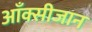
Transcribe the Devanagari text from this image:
आँक्सीजान